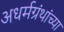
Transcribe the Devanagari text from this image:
अधर्मग्रंथांच्या